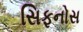
સિફનોસ